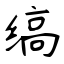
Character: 缟